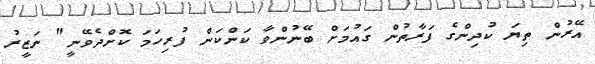
އޭރުން ތިޔަ ކުދިންގެ ފަރާތުން ގައުމަށް ބޭނުންވާ ކަންކަން ފުރިހަމަ ކޮށްދެވޭނީ" ނަޒީރު